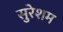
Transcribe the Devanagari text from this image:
सुरेशम